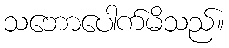
သဘောပေါက်မိသည်။